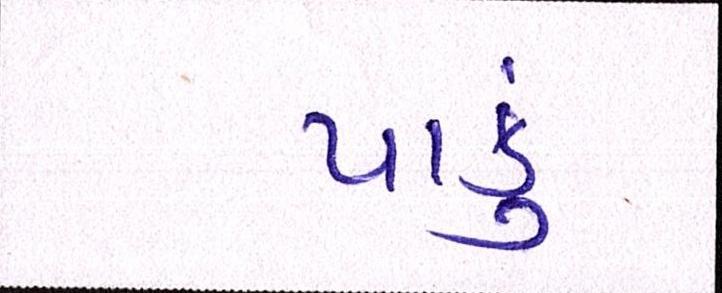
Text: પાકું